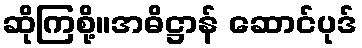
ဆိုကြစို့။အဓိဋ္ဌာန် ဆောင်ပုဒ်